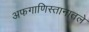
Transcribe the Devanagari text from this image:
अफगाणिस्तानातले